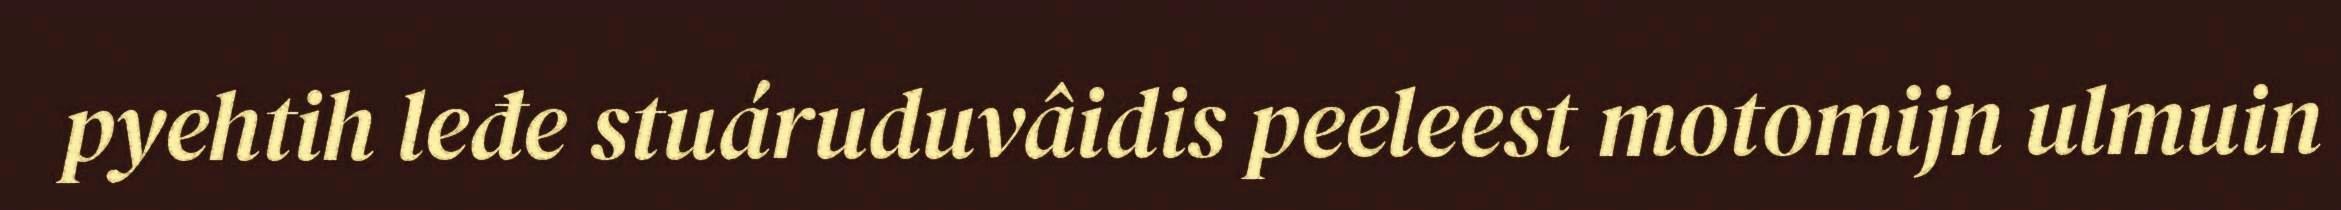
pyehtih leđe stuáruduvâidis peeleest motomijn ulmuin